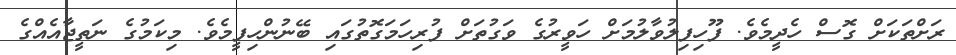
ރަށްތަކަށް ގޮސް ހެދީމެވެ. ފޫހިފިލުވާލުމަށް ހަވީރުގެ ވަގުތަށް ފުރިހަމަގޮތުގައި ބޭނުންހިފީމެވެ. މިކަމުގެ ނަތީޖާއެއްގެ